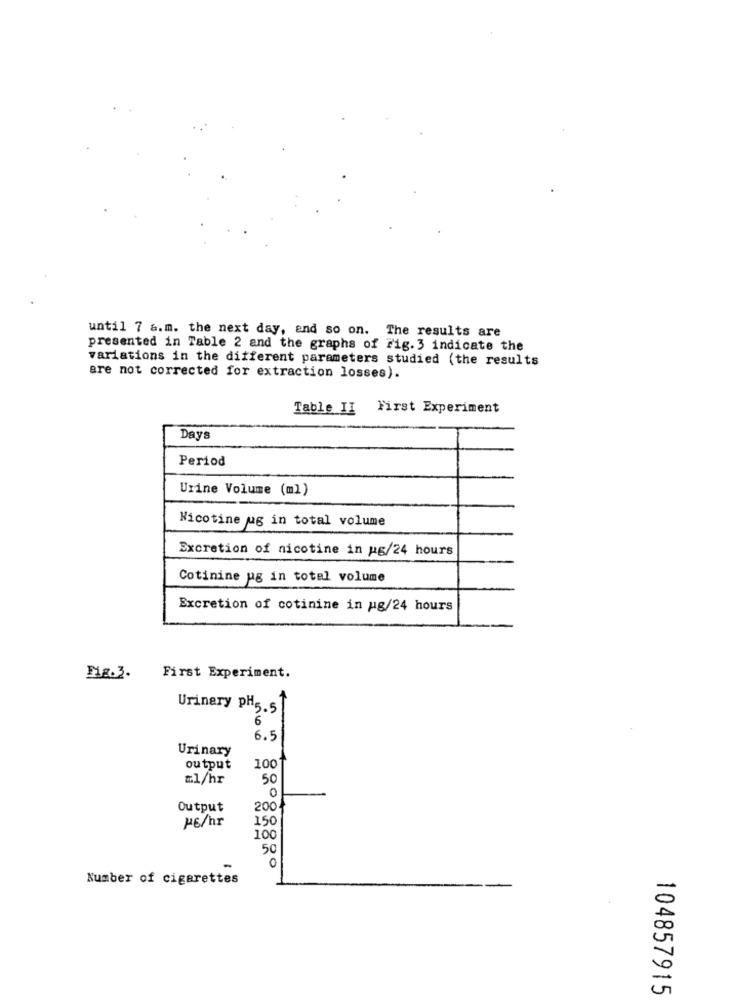
until 7 a.m. the next day, and so on. The results are
presented in Table 2 and the graphs of Fig. 3 indicate the
variations in the different parameters studied (the results
are not corrected for extraction losses).
Table II First Experiment
Days
Period
Urine Volume (ml)
Nicotine ug in total volume
Excretion of nicotine in ug/24 hours
Cotinine ug in total volume
Excretion of cotinine in ug/24 hours
ME.3.
First Experiment.
Urinary PH5.5
6
6.5
Urinary
output
100
&1/hr
50
Output
200.
46/hr
150
100
50
0
Number of cigarettes
-
0
104857915